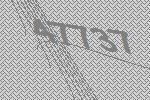
47737